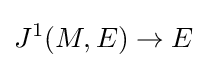
J^{1}(M,E)\to E